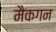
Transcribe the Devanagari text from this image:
मैकगन